Plague in India, 1896, 1897 - Volume 2
Year: 1896
Disease focus: Plague
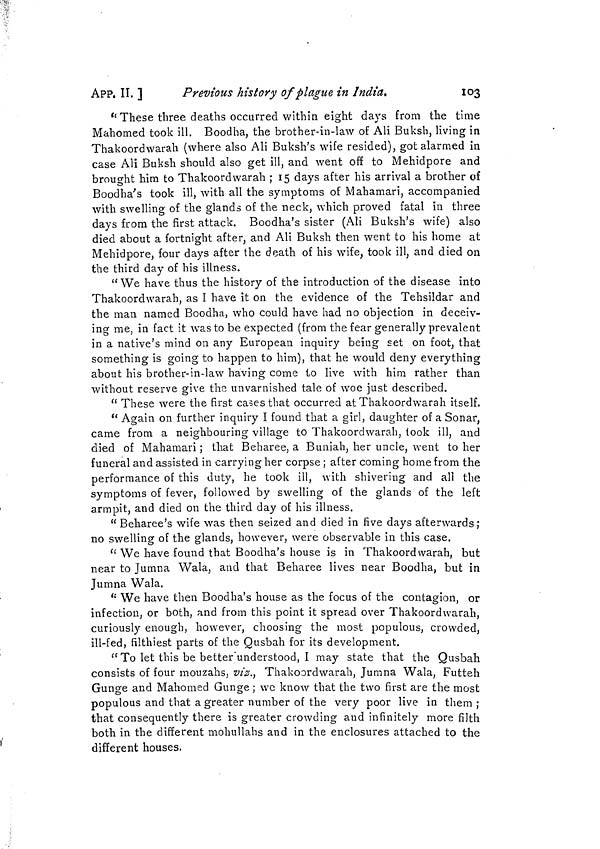
App. II. ]
Previous history of plague in India.
103
"These three deaths occurred within eight days from the time
Mahomed took ill. Boodha, the brother-in-law of AH Buksh, living in
Thakoordwarah (where also Ali Buksh's wife resided), got alarmed in
case Ali Buksh should also get ill, and went off to Mehidpore and
brought him to Thakoordwarah ; 15 days after his arrival a brother of
Boodha's took ill, with all the symptoms of Mahamari, accompanied
with swelling of the glands of the neck, which proved fatal in three
days from the first attack. Boodha's sister (Ali Buksh's wife) also
died about a fortnight after, and Ali Buksh then went to his home at
Mehidpore, four days after the death of his wife, took ill, and died on
the third day of his illness.
" We have thus the history of the introduction of the disease into
Thakoordwarah, as I have it on the evidence of the Tehsildar and
the man named Boodha, who could have had no objection in deceiv-
ing me, in fact it was to be expected (from the fear generally prevalent
in a native's mind on any European inquiry being set on foot, that
something is going to happen to him), that he would deny everything
about his brother-in-law having come to live with him rather than
without reserve give the unvarnished tale of woe just described.
" These were the first cases that occurred at Thakoordwarah itself.
" Again on further inquiry I found that a girl, daughter of a Sonar,
came from a neighbouring village to Thakoordwarah, took ill, and
died of Mahamari ; that Beharee, a Buniah, her uncle, went to her
funeral and assisted in carrying her corpse ; after coming home from the
performance of this duty, he took ill, with shivering and all the
symptoms of fever, followed by swelling of the glands of the left
armpit, and died on the third day of his illness.
" Beharee's wife was then seized and died in five days afterwards;
no swelling of the glands, however, were observable in this case.
" We have found that Boodha's house is in Thakoordwarah, but
near to Jumna Wala, and that Beharee lives near Boodha, but in
Jumna Wala.
" We have then Boodha's house as the focus of the contagion, or
infection, or both, and from this point it spread over Thakoordwarah,
curiously enough, however, choosing the most populous, crowded,
ill-fed, filthiest parts of the Qusbah for its development.
"To let this be better" understood, I may state that the Qusbah
consists of four mouzahs, viz., Thakoordwarah, Jumna Wala, Futteh
Gunge and Mahomed Gunge ; we know that the two first are the most
populous and that a greater number of the very poor live in them ;
that consequently there is greater crowding and infinitely more filth
both in the different mohullahs and in the enclosures attached to the
different houses.